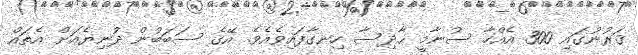
ޤަރުނުގައި 300 އެއްހާ ސުނާމީ ޙާދިސާ ހިނގާފައިވެއެވެ. އޭގެ ސަބަބުން ދުނިޔެއަށް އެތައް